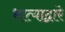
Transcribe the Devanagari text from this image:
भात्याद्वारे